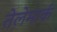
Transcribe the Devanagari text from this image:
तेलेमार्क